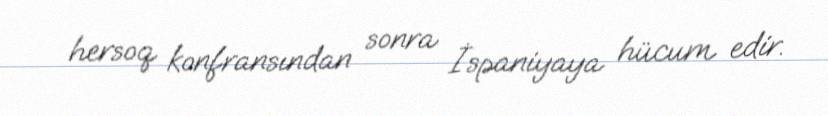
hersoq konfransından sonra İspaniyaya hücum edir.